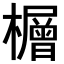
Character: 𪴕